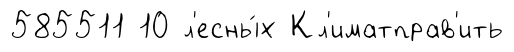
585511 10 л'есны́х Кл'иматправ'ить